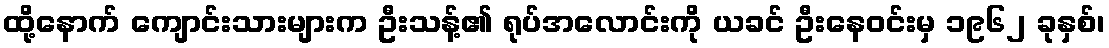
ထို့နောက် ကျောင်းသားများက ဦးသန့်၏ ရုပ်အလောင်းကို ယခင် ဦးနေဝင်းမှ ၁၉၆၂ ခုနှစ်၊